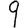
Digit: 9